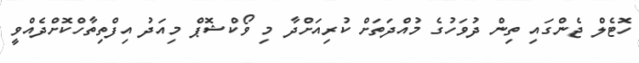
ހޮޓެލް ޖެންގައި ތިން ދުވަހުގެ މުއްދަތަށް ކުރިއަށްދާ މި ވޯކްޝޮޕް މިއަދު އިފްތިތާހްކޮށްދެއްވީ